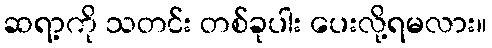
ဆရာ့ကို သတင်း တစ်ခုပါး ပေးလို့ရမလား။